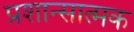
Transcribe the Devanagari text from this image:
प्रशान्सात्मक